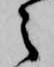
之